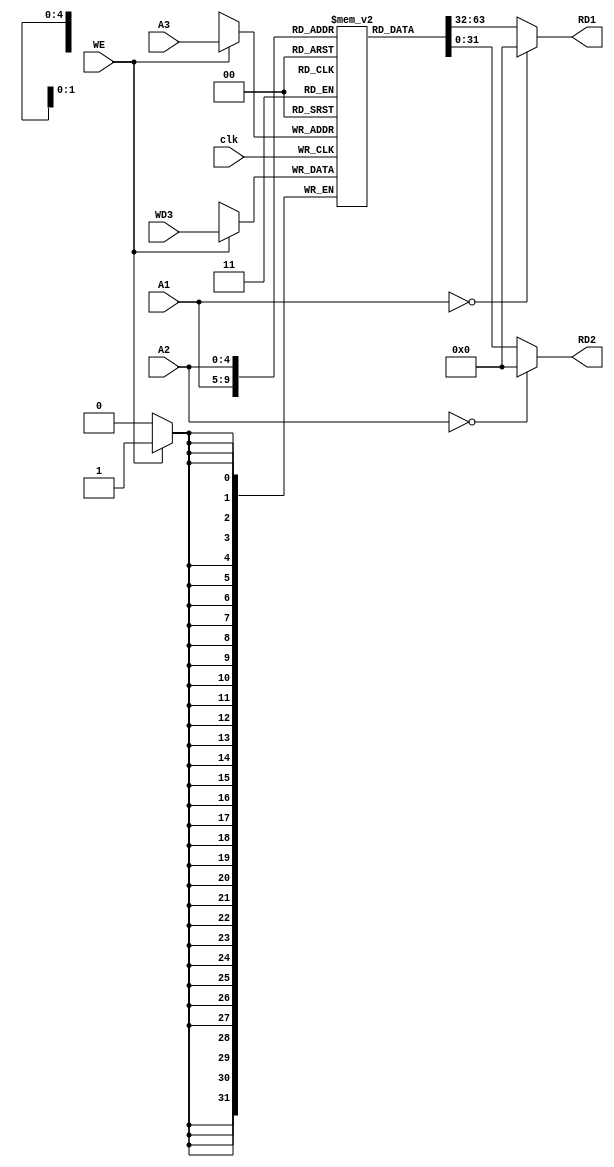
`timescale 1ns / 1ps
//////////////////////////////////////////////////////////////////////////////////
// Company: 
// Engineer: 
// 
// Design Name: 
// Module Name: rf_riscv
// Project Name: 
// Target Devices: 
// Tool Versions: 
// Description: 
// 
// Dependencies: 
// 
// Revision:
// Revision 0.01 - File Created
// Additional Comments:
// 
//////////////////////////////////////////////////////////////////////////////////


module rf_riscv(
    input   clk,
    input   WE,
    
    input   [4:0]A1,
    input   [4:0]A2,
    input   [4:0]A3,
    
    input   [31:0]WD3,
    output  [31:0]RD1,
    output  [31:0]RD2
    );
    
    reg [31:0]reg_rf_riscv[0:31];
    
    always @(posedge clk) begin
        if (WE) begin
           reg_rf_riscv[A3] <= WD3;
        end
    end
    
    assign RD1 = (A1==0) ? 0 : reg_rf_riscv[A1];
    assign RD2 = (A2==0) ? 0 : reg_rf_riscv[A2];
endmodule